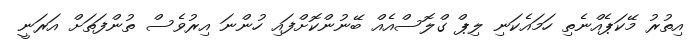
އިތުރު މޭކަޕެއްނެތި ހަމައެކަނި ލިޕް ގްލޮސްއެއް ބޭނުންކޮށްފައި ހުންނަ އިރުވެސް ތުންފަތަށް އަރަނީ